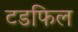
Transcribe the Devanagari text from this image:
टडफिल